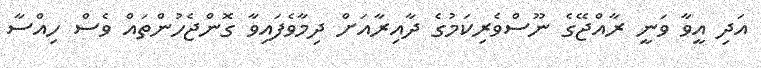
އަދި އީވާ ވަނީ ރާއްޖޭގެ ނޫސްވެރިކަމުގެ ދާއިރާއަށް ދިމާވެފައިވާ ގޮންޖެހުންތައް ވެސް ހިއްސާ